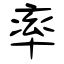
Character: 率